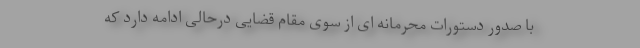
با صدور دستورات محرمانه ای از سوی مقام قضایی درحالی ادامه دارد که